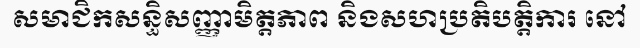
សមាជិកសន្ធិសញ្ញាមិត្តភាព និងសហប្រតិបត្តិការ នៅ